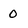
Character: 0